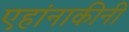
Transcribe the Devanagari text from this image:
एहांनाकीनी